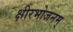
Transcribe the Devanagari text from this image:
क्षीरभोजनम्